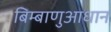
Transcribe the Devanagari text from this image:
बिम्बाणुआधान